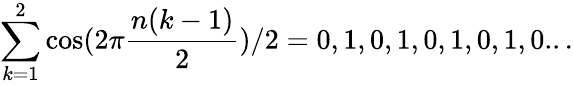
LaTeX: \sum_{k=1}^{2}\cos(2\pi{\frac{n(k-1)}{2}})/2=0,1,0,1,0,1,0,1,0...